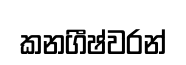
කනගීෂ්වරන්